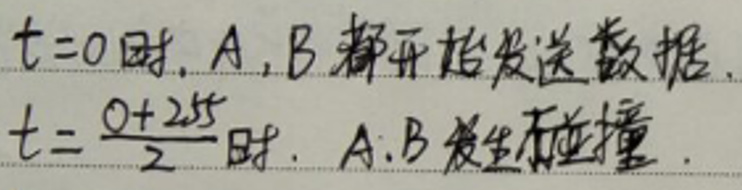
$t = 0$时，$A$，$B$都开始发送数据。

$t=\frac{0+25}{2}s$时，$A$，$B$发生碰撞。